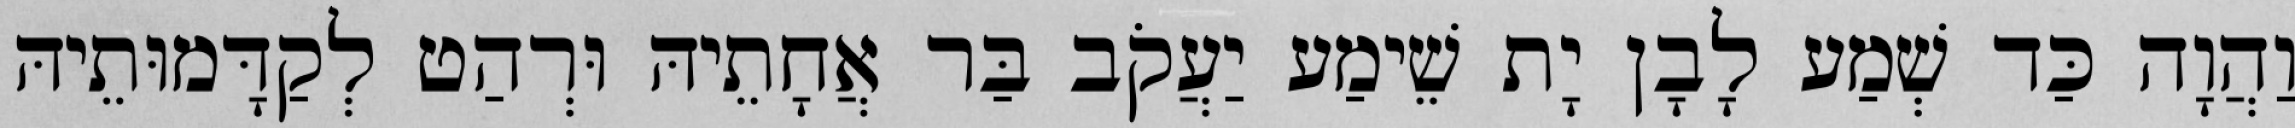
וַהֲוָה כַּד שְׁמַע לָבָן יָת שֵׁימַע יַעֲקֹב בַּר אֲחָתֵיהּ וּרְהַט לְקַדָּמוּתֵיהּ